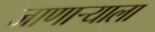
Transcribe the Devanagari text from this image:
जाणाऱ्याला